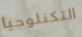
التكنلوجيا